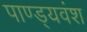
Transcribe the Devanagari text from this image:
पाण्ड्यवंश